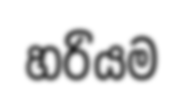
හරියම